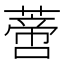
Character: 𰱼